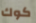
كوك